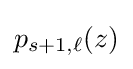
p_{s+1,\ell }(z)